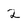
Character: 2